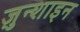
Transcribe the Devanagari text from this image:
ज़ुन्शाइन